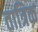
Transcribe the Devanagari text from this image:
तात्रिक